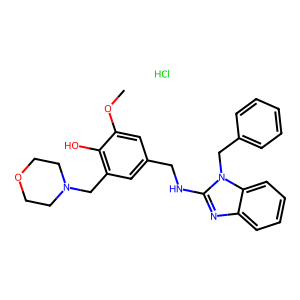
SMILES: COc1cc(CNc2nc3ccccc3n2Cc2ccccc2)cc(CN2CCOCC2)c1O.Cl
Inhibits HIV replication: No